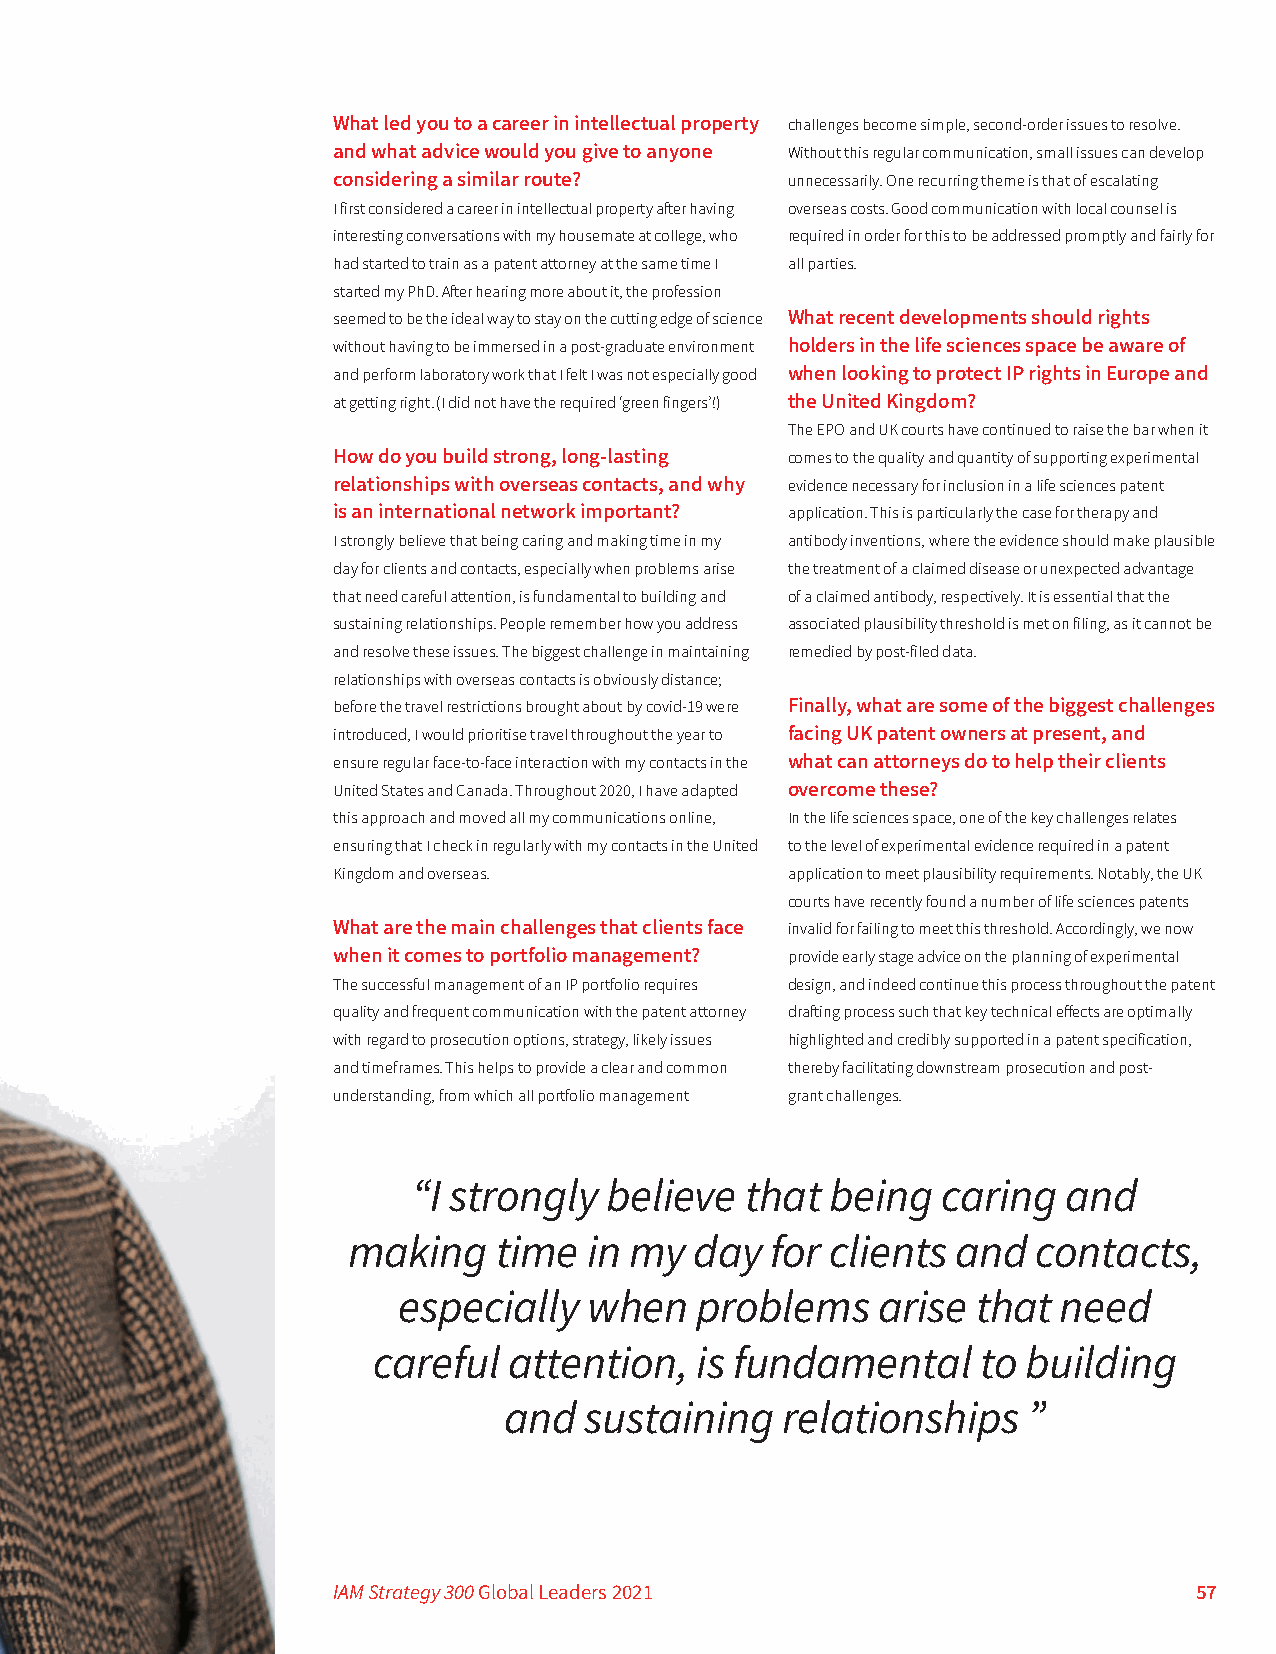
What led you to a career in intellectual property challenges become simple, second-order issues to resolve.
 and what advice would you give to anyone Without this regular communication, small issues can develop
 considering a similar route?  unnecessarily. One recurring theme is that of escalating
 I first considered a career in intellectual property after having overseas costs. Good communication with local counsel is
 interesting conversations with my housemate at college, who required in order for this to be addressed promptly and fairly for
 had started to train as a patent attorney at the same time I all parties.
 started my PhD. After hearing more about it, the profession
 seemed to be the ideal way to stay on the cutting edge of science What recent developments should rights
 without having to be immersed in a post-graduate environment holders in the life sciences space be aware of
 and perform laboratory work that I felt I was not especially good when looking to protect IP rights in Europe and
 at getting right. (I did not have the required ‘green fingers’!) the United Kingdom?
 The EPO and UK courts have continued to raise the bar when it
 How do you build strong, long-lasting comes to the quality and quantity of supporting experimental
 relationships with overseas contacts, and why evidence necessary for inclusion in a life sciences patent
 is an international network important? application. This is particularly the case for therapy and
 I strongly believe that being caring and making time in my antibody inventions, where the evidence should make plausible
 day for clients and contacts, especially when problems arise the treatment of a claimed disease or unexpected advantage
 that need careful attention, is fundamental to building and of a claimed antibody, respectively. It is essential that the
 sustaining relationships. People remember how you address associated plausibility threshold is met on filing, as it cannot be
 and resolve these issues. The biggest challenge in maintaining remedied by post-filed data.
 relationships with overseas contacts is obviously distance;
 before the travel restrictions brought about by covid-19 were Finally, what are some of the biggest challenges
 introduced, I would prioritise travel throughout the year to facing UK patent owners at present, and
 ensure regular face-to-face interaction with my contacts in the what can attorneys do to help their clients
 United States and Canada. Throughout 2020, I have adapted overcome these?
 this approach and moved all my communications online, In the life sciences space, one of the key challenges relates
 ensuring that I check in regularly with my contacts in the United to the level of experimental evidence required in a patent
 Kingdom and overseas.         application to meet plausibility requirements. Notably, the UK
 courts have recently found a number of life sciences patents
 What are the main challenges that clients face invalid for failing to meet this threshold. Accordingly, we now
 when it comes to portfolio management? provide early stage advice on the planning of experimental
 The successful management of an IP portfolio requires design, and indeed continue this process throughout the patent
 quality and frequent communication with the patent attorney drafting process such that key technical effects are optimally
 with regard to prosecution options, strategy, likely issues highlighted and credibly supported in a patent specification,
 and timeframes. This helps to provide a clear and common thereby facilitating downstream prosecution and post-
 understanding, from which all portfolio management grant challenges.
 “I strongly  believe  that  being  caring   and
 making    time  in my  day  for clients and   contacts,
 especially   when   problems    arise  that need
 careful  attention,  is fundamental     to building
 and   sustaining   relationships   ”
 IAM Strategy 300 Global Leaders 2021                     57